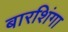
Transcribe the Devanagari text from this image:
बारशिंगा